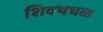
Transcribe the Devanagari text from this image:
शिवथघळ